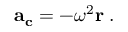
\mathbf { a _ { c } } = - \omega ^ { 2 } \mathbf { r } \; .